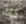
لك